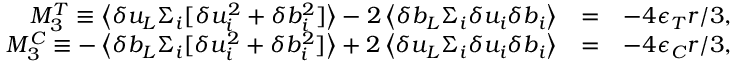
\begin{array} { r l r } { M _ { 3 } ^ { T } \equiv \left< \delta u _ { L } \Sigma _ { i } [ \delta u _ { i } ^ { 2 } + \delta b _ { i } ^ { 2 } ] \right> - 2 \left< \delta b _ { L } \Sigma _ { i } \delta u _ { i } \delta b _ { i } \right> } & { = } & { - 4 \epsilon _ { T } r / 3 , } \\ { M _ { 3 } ^ { C } \equiv - \left< \delta b _ { L } \Sigma _ { i } [ \delta u _ { i } ^ { 2 } + \delta b _ { i } ^ { 2 } ] \right> + 2 \left< \delta u _ { L } \Sigma _ { i } \delta u _ { i } \delta b _ { i } \right> } & { = } & { - 4 \epsilon _ { C } r / 3 , } \end{array}